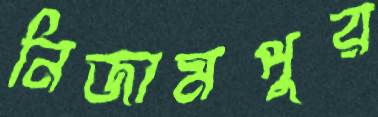
নিজামপুর